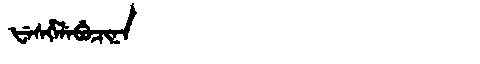
Manchu: ᡶᡝᠰᡥᡝᠯᡝᠪᡠᠴᡳᠨᠠ
Romanization: FESHELEBUCINA